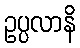
ဥပ္ပလာနိ